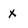
Character: x